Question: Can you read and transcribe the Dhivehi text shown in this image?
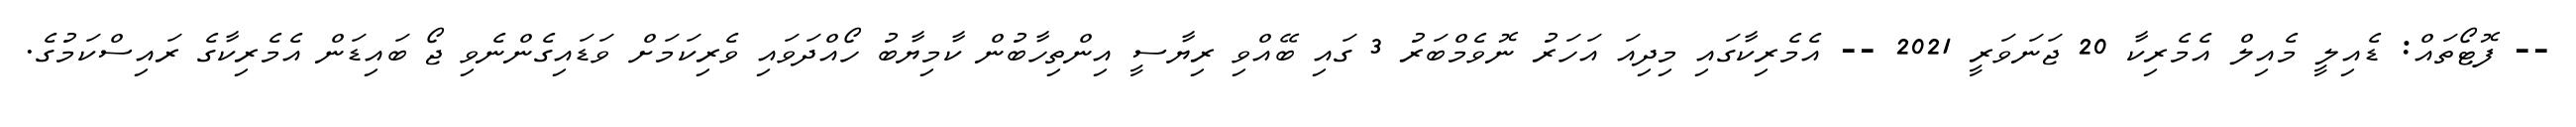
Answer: -- ފޮޓޯތައް: ޑެއިލީ މެއިލް އެމެރިކާ 20 ޖަނަވަރީ 2021 -- އެމެރިކާގައި މިދިއަ އަހަރު ނޮވެމްބަރު 3 ގައި ބޭއްވި ރިޔާސީ އިންތިހާބުން ކާމިޔާބު ހޯއްދަވައި ވެރިކަމަށް ވަޑައިގެންނެވި ޖޯ ބައިޑަން އެމެރިކާގެ ރައިސްކަމުގެ.